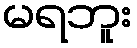
မရဘူး